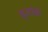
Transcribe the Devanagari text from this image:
वृतांकं